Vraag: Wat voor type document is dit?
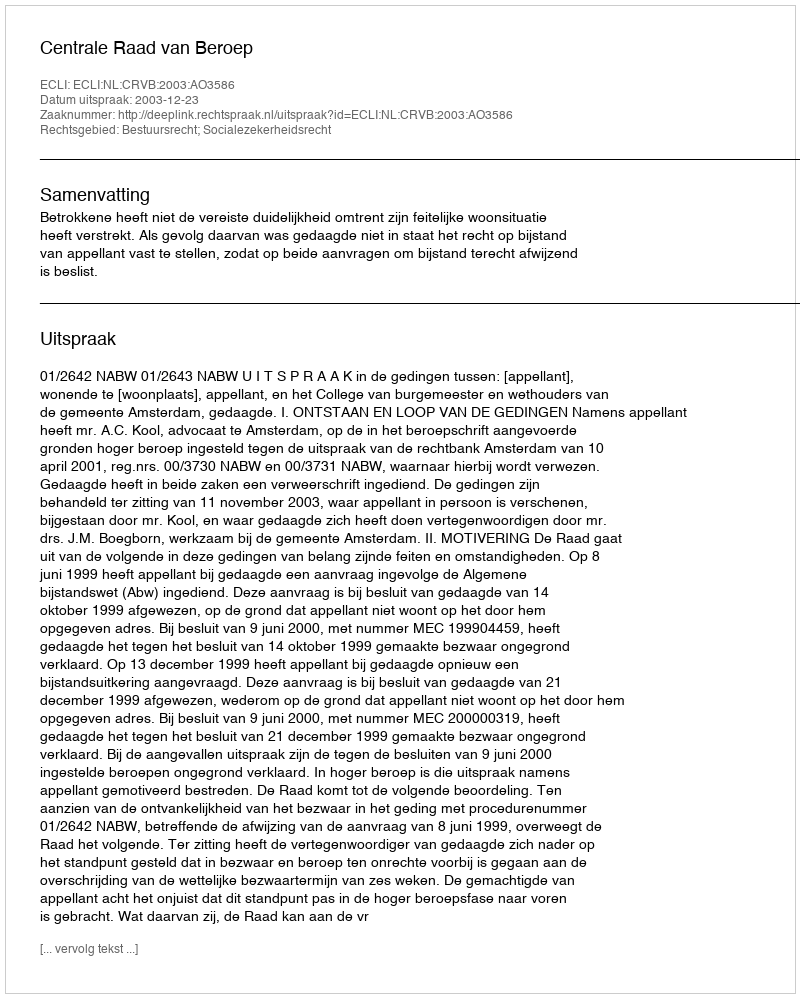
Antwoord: Uitspraak